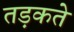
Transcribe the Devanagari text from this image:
तड़कते